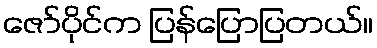
ဇော်ပိုင်က ပြန်ပြောပြတယ်။